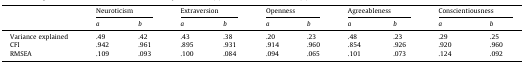
| <ROWSPAN=2>  | <COLSPAN=2> Neuroticism | <COLSPAN=2> Extraversion | <COLSPAN=2> Openness | <COLSPAN=2> Agreeableness | <COLSPAN=2> Conscientiousness |
 | a | b | a | b | a | b | a | b | a | b |
 | --- | --- | --- | --- | --- | --- | --- | --- | --- | --- | --- |
 | Variance explained | .49 | .42 | .43 | .38 | .20 | .23 | .48 | .23 | .29 | .25 |
 | CFI | .942 | .961 | .895 | .931 | .914 | .960 | .854 | .926 | .920 | .960 |
 | RMSEA | .109 | .093 | .100 | .084 | .094 | .065 | .101 | .073 | .124 | .092 |